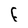
Character: f